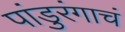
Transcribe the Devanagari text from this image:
पांडुरंगाचं